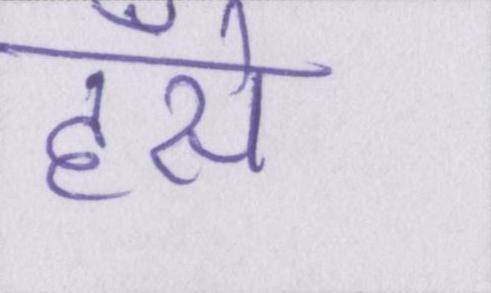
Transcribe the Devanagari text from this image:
हँसे